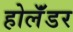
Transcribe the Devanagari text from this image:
होलॅंडर